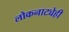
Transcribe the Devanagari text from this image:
लोकनाट्येही